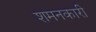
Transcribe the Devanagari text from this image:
शमनकारी